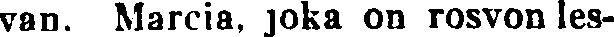
van. Marcia, joka on rosvon les-